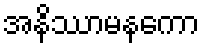
အနိဿာမနကော